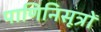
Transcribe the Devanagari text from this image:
पाणिनिसूत्रों